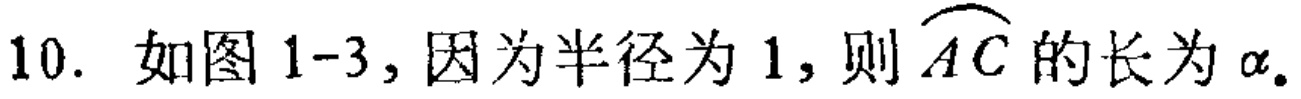
10. 如图1-3, 因为半径为1, 则\(\overset{\frown}{AC}\)的长为\(\alpha\).